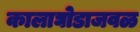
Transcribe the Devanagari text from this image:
कालाघोडाजवळ